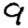
Digit: 9